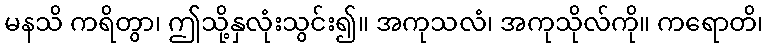
မနသိ ကရိတွာ၊ ဤသို့နှလုံးသွင်း၍။ အကုသလံ၊ အကုသိုလ်ကို။ ကရောတိ၊